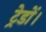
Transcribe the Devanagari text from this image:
ट्रेडों।